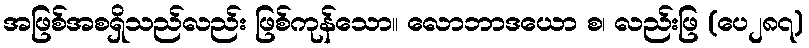
အဖြစ်အစရှိသည်လည်း ဖြစ်ကုန်သော။ လောဘာဒယော စ၊ လည်းဖြ (ပေ၂၈၇)